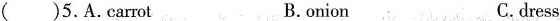
5.A.carrot B.onion C. dress